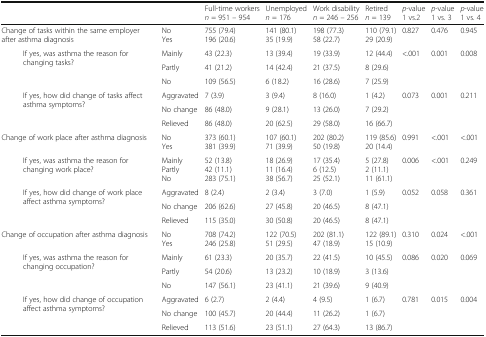
<table><thead><tr><td colspan="3"></td><td><b>Full-time workers <i>n</i> = 951 – 954</b></td><td><b>Unemployed <i>n</i> = 176</b></td><td><b>Work disability <i>n</i> = 246 – 256</b></td><td><b>Retired<i>n</i> = 139</b></td><td><b><i>p</i>-value 1 vs.2</b></td><td><b><i>p</i>-value 1 vs. 3</b></td><td><b><i>p</i>-value 1 vs. 4</b></td></tr></thead><tbody><tr><td colspan="2">Change of tasks within the same employer after asthma diagnosis</td><td>NoYes</td><td>755 (79.4)196 (20.6)</td><td>141 (80.1)35 (19.9)</td><td>198 (77.3)58 (22.7)</td><td>110 (79.1)29 (20.9)</td><td>0.827</td><td>0.476</td><td>0.945</td></tr><tr><td rowspan="3"></td><td rowspan="3">If yes, was asthma the reason for changing tasks?</td><td>Mainly</td><td>43 (22.3)</td><td>13 (39.4)</td><td>19 (33.9)</td><td>12 (44.4)</td><td rowspan="3">&lt;.001</td><td rowspan="3">0.001</td><td rowspan="3">0.008</td></tr><tr><td>Partly</td><td>41 (21.2)</td><td>14 (42.4)</td><td>21 (37.5)</td><td>8 (29.6)</td></tr><tr><td>No</td><td>109 (56.5)</td><td>6 (18.2)</td><td>16 (28.6)</td><td>7 (25.9)</td></tr><tr><td rowspan="3"></td><td rowspan="3">If yes, how did change of tasks affect asthma symptoms?</td><td>Aggravated</td><td>7 (3.9)</td><td>3 (9.4)</td><td>8 (16.0)</td><td>1 (4.2)</td><td rowspan="3">0.073</td><td rowspan="3">0.001</td><td rowspan="3">0.211</td></tr><tr><td>No change</td><td>86 (48.0)</td><td>9 (28.1)</td><td>13 (26.0)</td><td>7 (29.2)</td></tr><tr><td>Relieved</td><td>86 (48.0)</td><td>20 (62.5)</td><td>29 (58.0)</td><td>16 (66.7)</td></tr><tr><td colspan="2">Change of work place after asthma diagnosis</td><td>NoYes</td><td>373 (60.1)381 (39.9)</td><td>107 (60.1)71 (39.9)</td><td>202 (80.2)50 (19.8)</td><td>119 (85.6)20 (14.4)</td><td>0.991</td><td>&lt;.001</td><td>&lt;.001</td></tr><tr><td></td><td>If yes, was asthma the reason for changing work place?</td><td>MainlyPartlyNo</td><td>52 (13.8)42 (11.1)283 (75.1)</td><td>18 (26.9)11 (16.4)38 (56.7)</td><td>17 (35.4)6 (12.5)25 (52.1)</td><td>5 (27.8)2 (11.1)11 (61.1)</td><td>0.006</td><td>&lt;.001</td><td>0.249</td></tr><tr><td rowspan="3"></td><td rowspan="3">If yes, how did change of work place affect asthma symptoms?</td><td>Aggravated</td><td>8 (2.4)</td><td>2 (3.4)</td><td>3 (7.0)</td><td>1 (5.9)</td><td rowspan="3">0.052</td><td rowspan="3">0.058</td><td rowspan="3">0.361</td></tr><tr><td>No change</td><td>206 (62.6)</td><td>27 (45.8)</td><td>20 (46.5)</td><td>8 (47.1)</td></tr><tr><td>Relieved</td><td>115 (35.0)</td><td>30 (50.8)</td><td>20 (46.5)</td><td>8 (47.1)</td></tr><tr><td colspan="2">Change of occupation after asthma diagnosis</td><td>NoYes</td><td>708 (74.2)246 (25.8)</td><td>122 (70.5)51 (29.5)</td><td>202 (81.1)47 (18.9)</td><td>122 (89.1)15 (10.9)</td><td>0.310</td><td>0.024</td><td>&lt;.001</td></tr><tr><td rowspan="3"></td><td rowspan="3">If yes, was asthma the reason for changing occupation?</td><td>Mainly</td><td>61 (23.3)</td><td>20 (35.7)</td><td>22 (41.5)</td><td>10 (45.5)</td><td rowspan="3">0.086</td><td rowspan="3">0.020</td><td rowspan="3">0.069</td></tr><tr><td>Partly</td><td>54 (20.6)</td><td>13 (23.2)</td><td>10 (18.9)</td><td>3 (13.6)</td></tr><tr><td>No</td><td>147 (56.1)</td><td>23 (41.1)</td><td>21 (39.6)</td><td>9 (40.9)</td></tr><tr><td rowspan="3"></td><td rowspan="3">If yes, how did change of occupation affect asthma symptoms?</td><td>Aggravated</td><td>6 (2.7)</td><td>2 (4.4)</td><td>4 (9.5)</td><td>1 (6.7)</td><td rowspan="3">0.781</td><td rowspan="3">0.015</td><td rowspan="3">0.004</td></tr><tr><td>No change</td><td>100 (45.7)</td><td>20 (44.4)</td><td>11 (26.2)</td><td>1 (6.7)</td></tr><tr><td>Relieved</td><td>113 (51.6)</td><td>23 (51.1)</td><td>27 (64.3)</td><td>13 (86.7)</td></tr></tbody></table>